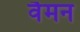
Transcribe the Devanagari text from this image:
वैमन